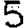
Digit: 5